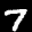
Label: 7